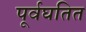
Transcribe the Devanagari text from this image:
पूर्वघतित